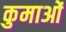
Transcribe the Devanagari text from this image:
कुमाओं